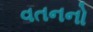
વતનનો